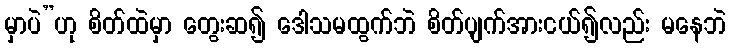
မှာပဲ”ဟု စိတ်ထဲမှာ တွေးဆ၍ ဒေါသမထွက်ဘဲ စိတ်ပျက်အားငယ်၍လည်း မနေဘဲ